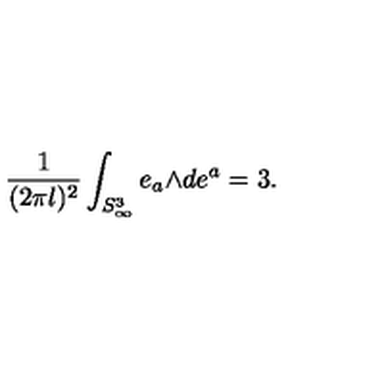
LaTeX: \frac { 1 } { ( 2 \pi l ) ^ { 2 } } \int _ { S _ { \infty } ^ { 3 } } e _ { a } { \mathrm { \tiny \wedge } } d e ^ { a } = 3 .